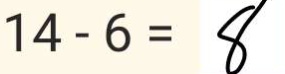
1 4 - 6 = 8